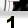
Digit: 1